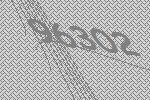
96302